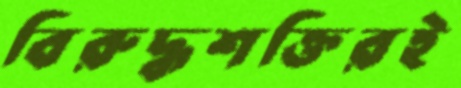
বিরুদ্ধশক্তিরই